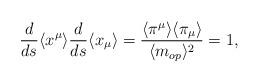
LaTeX: \begin{align*}\frac{d}{ds} \langle x^\mu\rangle\frac{d}{ds}\langle x_\mu \rangle=\frac{\langle \pi^\mu \rangle \langle \pi_\mu\rangle }{\langle m_{op}\rangle^2}=1,\end{align*}